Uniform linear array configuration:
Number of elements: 4
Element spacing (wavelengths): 1
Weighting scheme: hamming
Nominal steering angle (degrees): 15
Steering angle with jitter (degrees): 16.278
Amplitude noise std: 0.05
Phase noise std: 0.05

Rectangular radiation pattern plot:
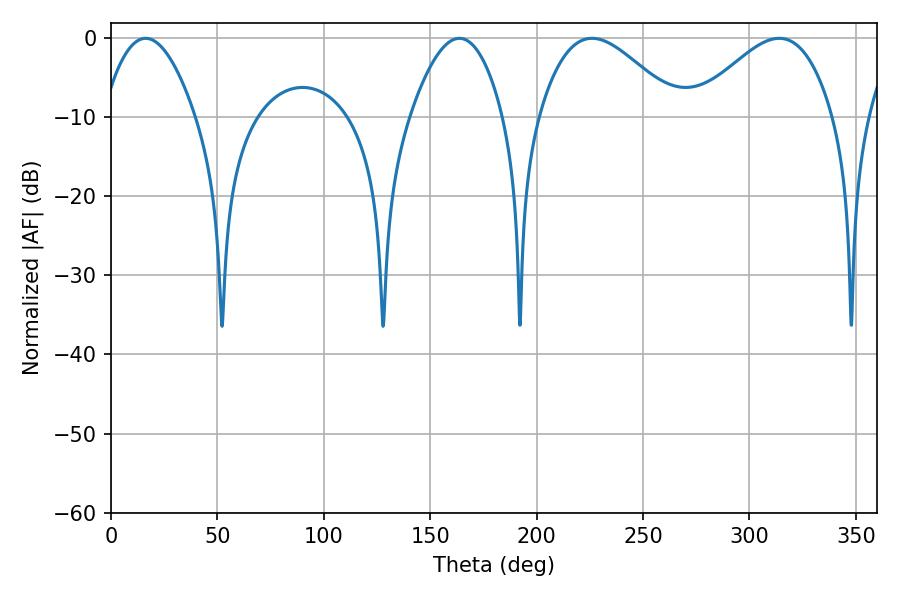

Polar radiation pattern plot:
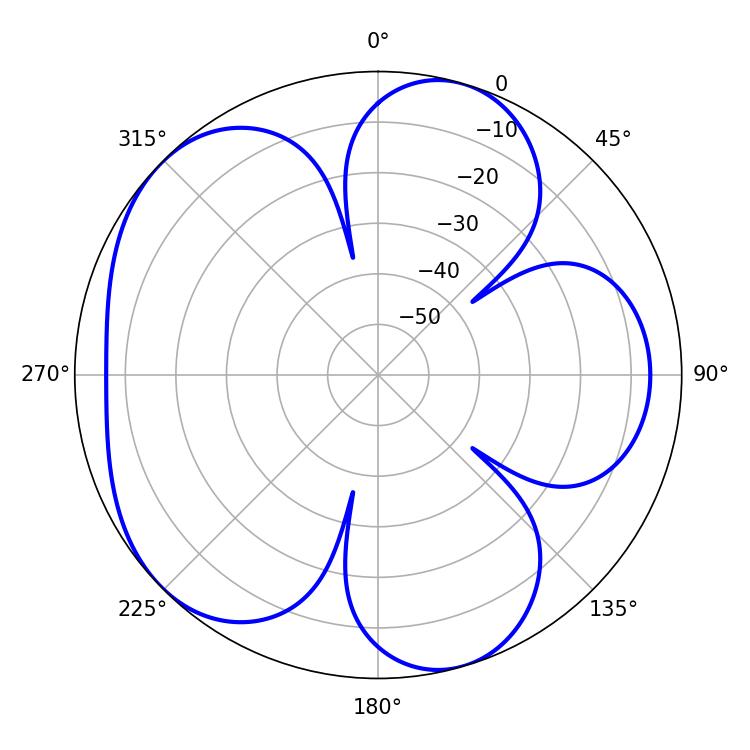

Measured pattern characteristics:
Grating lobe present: TRUE
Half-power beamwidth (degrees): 35.28
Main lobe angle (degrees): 226.08